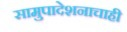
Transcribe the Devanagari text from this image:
सामुपादेशनाचाही